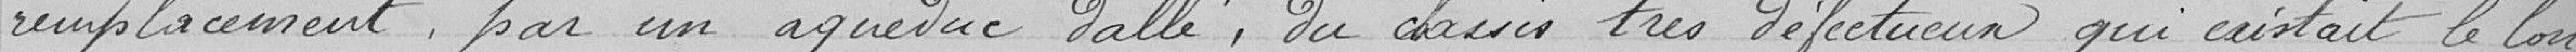
remplacement par un aqueduc dallé, du chassis très défectueux qui existait le long